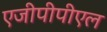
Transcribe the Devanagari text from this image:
एजीपीपीएल